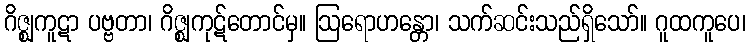
ဂိဇ္ဈကူဋာ ပဗ္ဗတာ၊ ဂိဇ္ဈကုဋ်တောင်မှ။ ဩရောဟန္တော၊ သက်ဆင်းသည်ရှိသော်။ ဂူထကူပေ၊